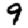
Digit: 9